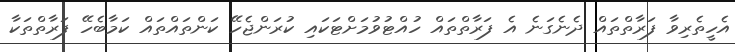
އެހީތެރިވާ ފަރާތްތައް ދެނެގަނެ އެ ފަރާތްތައް ހުއްޓުވުމަށްޓަކައި ކުރަންޖެހޭ ކަންތައްތައް ކަމާބެހޭ ފަރާތްތަކާ